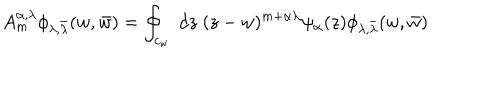
LaTeX: A _ { m } ^ { \alpha , \lambda } \phi _ { \lambda , \bar { \lambda } } ( w , \bar { w } ) = \oint _ { c _ { w } } \; d z \; ( z - w ) ^ { m + \alpha \lambda } \psi _ { \alpha } ( z ) \phi _ { \lambda , \bar { \lambda } } ( w , \bar { w } )